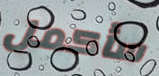
سأكمل